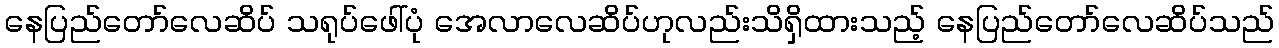
နေပြည်တော်လေဆိပ် သရုပ်ဖေါ်ပုံ အေလာလေဆိပ်ဟုလည်းသိရှိထားသည့် နေပြည်တော်လေဆိပ်သည်